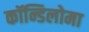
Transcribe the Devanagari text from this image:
कॉन्डिलोमा